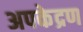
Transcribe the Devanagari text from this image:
अपकेद्रण